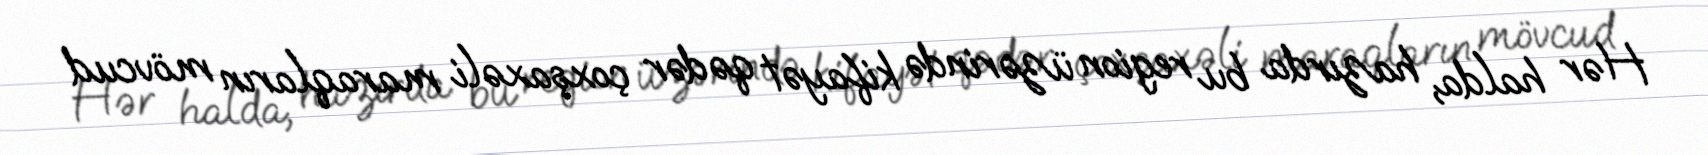
Hər halda, hazırda bu region üzərində kifayət qədər çoxşaxəli maraqların mövcud